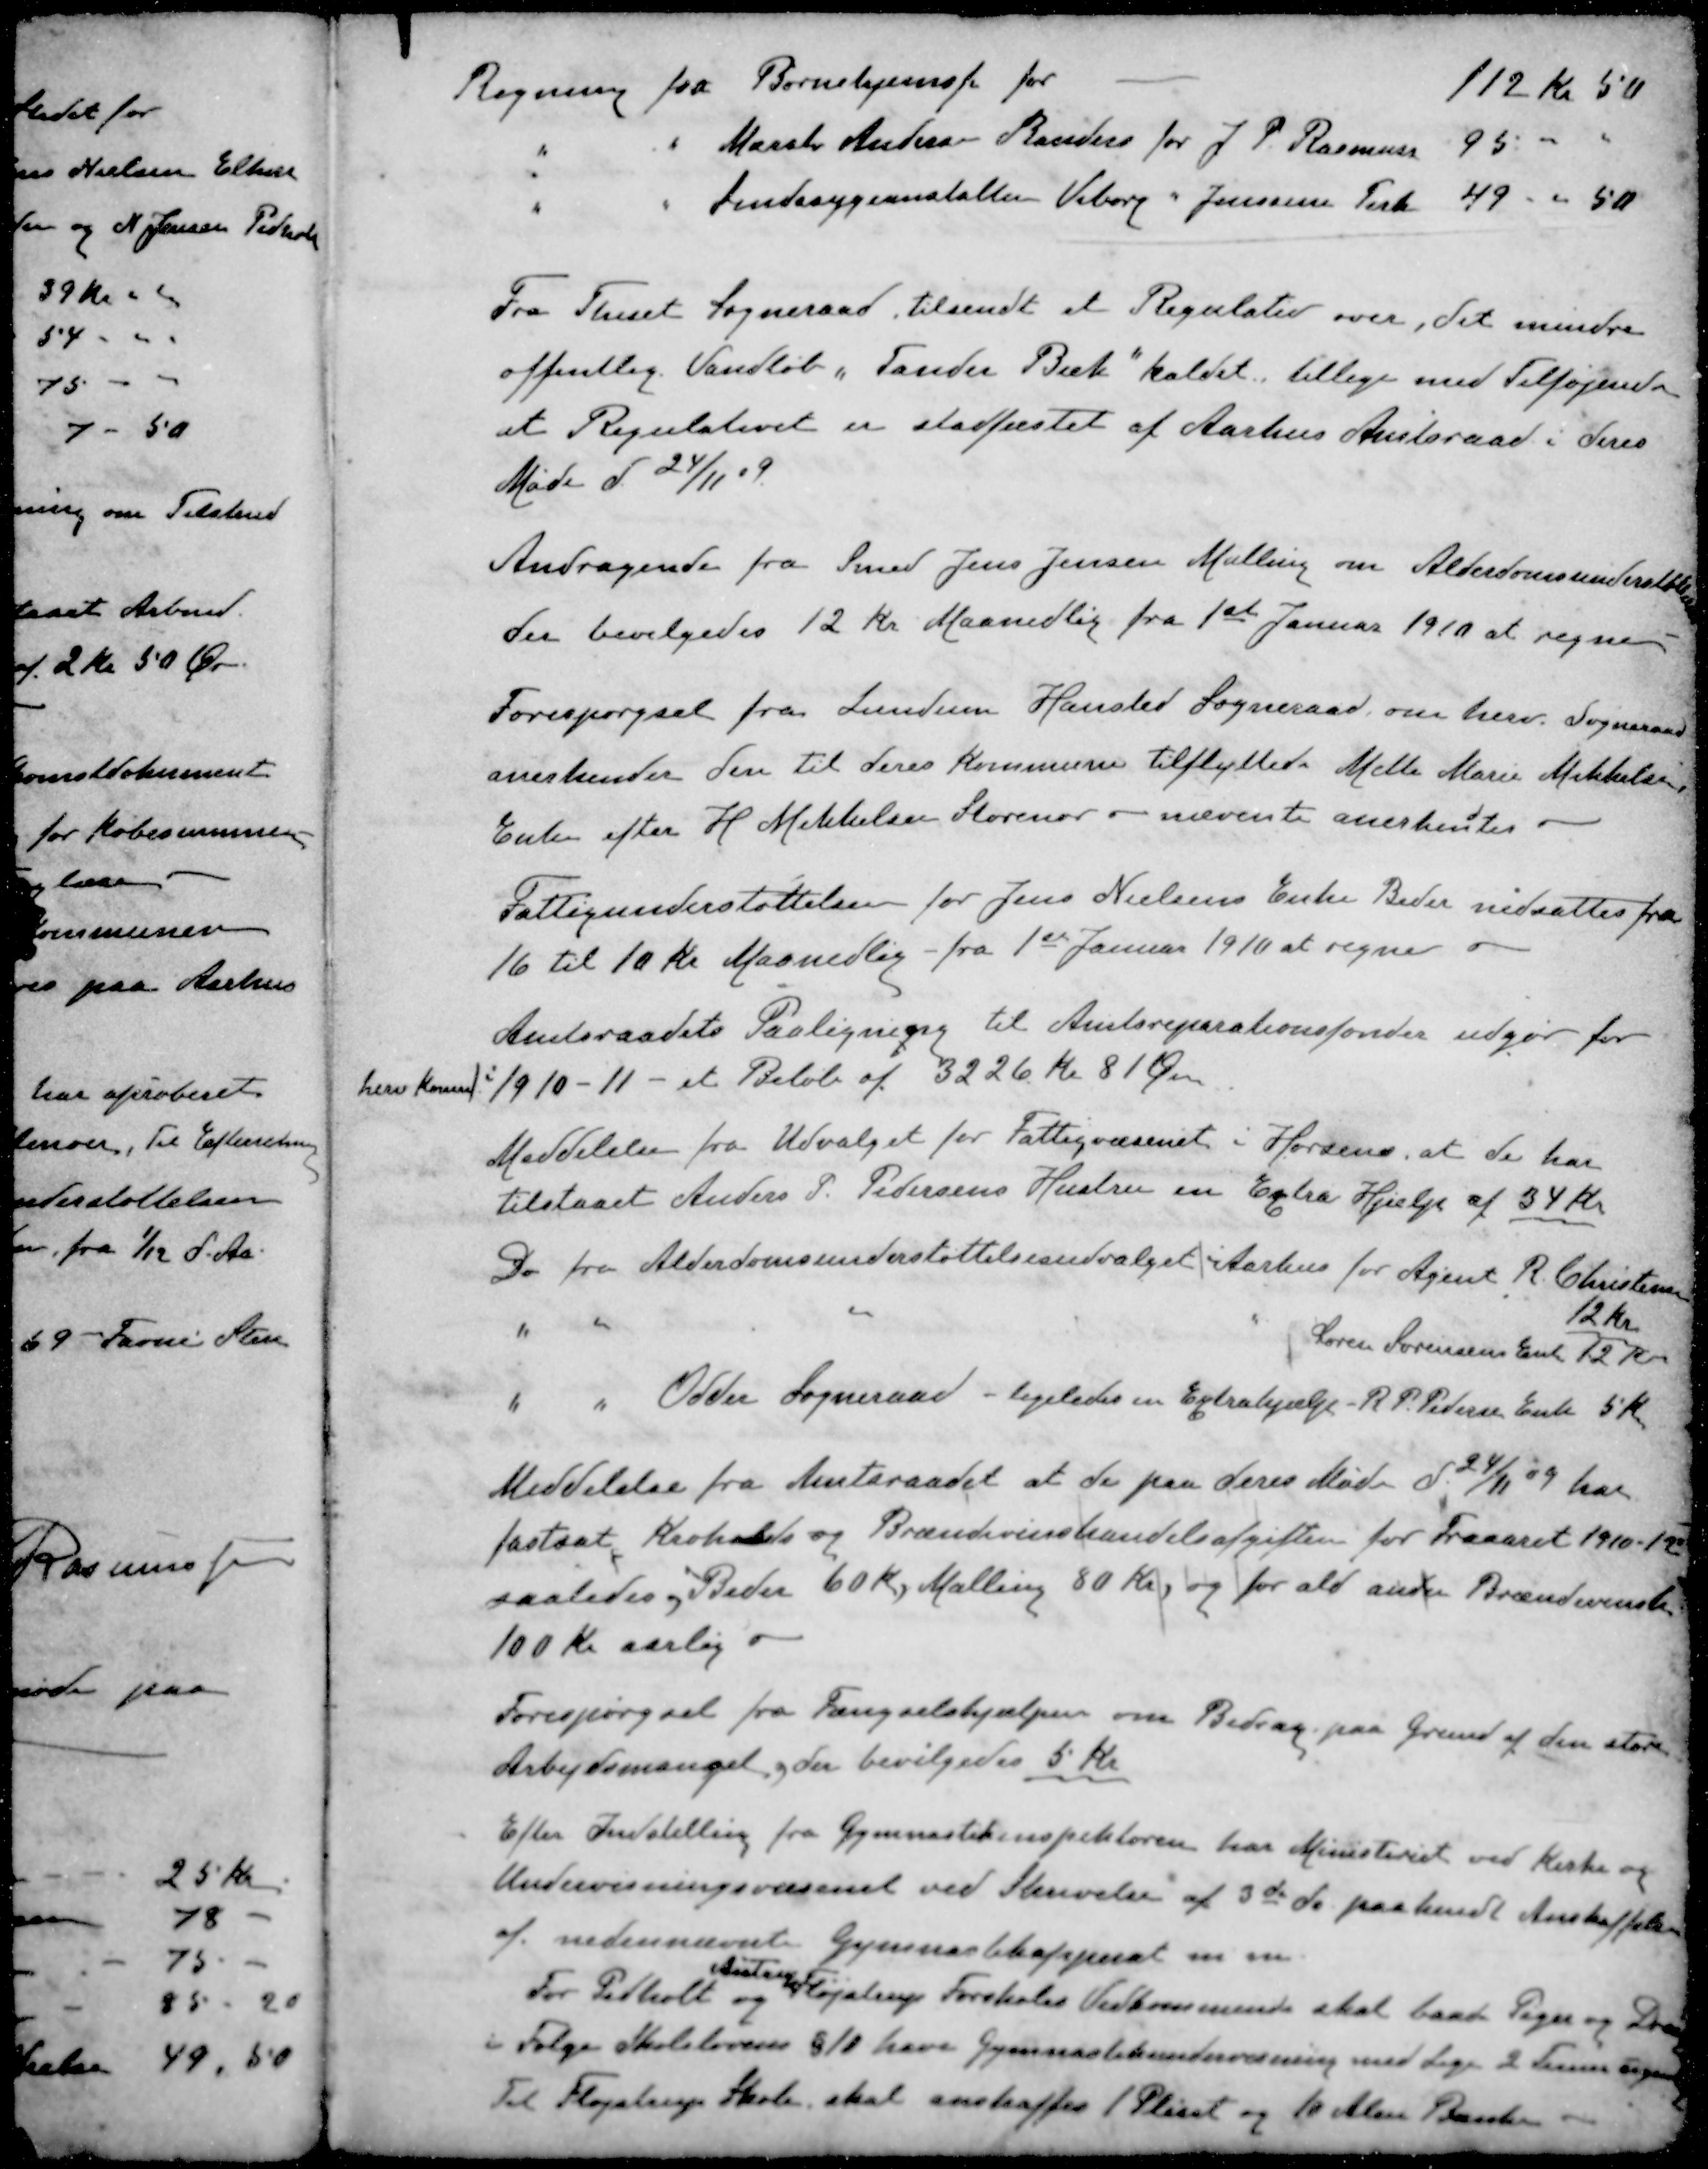
Transskription:
Regning fra Børnehjemsf for
112 kr 50
" " Marsk Andersen Randers for J. P. Rasmussen 95 -
" " Sindssygeanstalten Viborg " Jenssine Terk 49 - " 50
Fra Thiset Sogneraad tilsendt et Regulativ over, det mindre
offentlig Vandløb, "Tander Bæk" kaldet, tillige med Tilføjende
at Regulativet er stadfæstet af Aarhus Amtsraad i deres
Møde d 24/11 09
Andragende fra Smed Jens Jensen Malling om Alderdomsunderstøttelse
der bevilgedes 12 Kr Maanedlig fra 1ste Januar 1910 at regne
Forespørgsel fra Lundum Hansted Sogneraad om herv. Sogneraad
anerkender den til deres Kommune tilflyttede Mette Marie Mikkelsen
Enke efter H. Mikkelsen Storenor - nævnte anerkendtes "
Fattigunderstøttelsen for Jens Nielsens Enke Beder nedsattes fra
16 til 10 Kr Maanedlig - fra 1ste Januar 1910 at regne og
Amtsraadets Paaligning til Amtsreparationsfonden udgør for
herv Komm i 1910-11 - et Beløb af 3226 Kr. 81 Øre
Meddelelse fra Udvalget for Fattigvæsenet i Horsens, at de har
tilstaaet Anders P. Pedersens Hustru en Extra Hjælp af 34 Kr
Do fra Alderdomsunderstøttelsesudvalget i Aarhus for Agent R. Christensen
12 Kr.
" " " " Søren Sørensens Enke 12 Kr
" " Odder Sogneraad - ligeledes en Extrahjælp - R. P. Pedersen Enke 5 Kr
Meddelelse fra Amtsraadet at de paa deres Møde d. 24/11 09 har
fastsat, Krohold og Brændevinshandelsafgiften for traaaret 1910-12
saaledes , Beder 60 Kr., Malling 80 Kr, og for ald anden Brændevinsh
100 Kr aarlig
Forespørgsel fra Fængselshjælpen om Bidrag paa Grund af den store
Arbejdsmangel og der bevilgedes 5 Kr
Efter Indstilling fra Gymnastikinspektøren har Ministeriet ved Kirke og
Undervisningsvæsenet ved Skrivelse af 3de ds paakendt Anskaffelse
af nedennævnte Gymnastikapparat m. m
Aistrup
For Pedholt og Fløjstrup Forskoles Vedkommende skal baade Piger og Drenge
i Følge Skolelovens § 10 have Gymnastikundervisning med Lige 2 Timer ugentlig
Til Fløjstrup Skole, skal anskaffes 1 Plint og 10 Alen Bænke